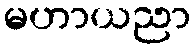
မဟာယညာ